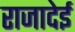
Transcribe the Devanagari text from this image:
राजादेई